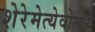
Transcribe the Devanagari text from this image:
शेरेमेत्येवोमध्ये